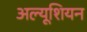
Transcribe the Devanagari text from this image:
अल्यूशियन